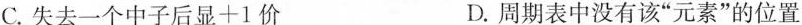
C.失去一个中子后显+1价 D.周期表中没有该”元素”的位置